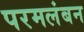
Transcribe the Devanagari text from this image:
परमलंबन